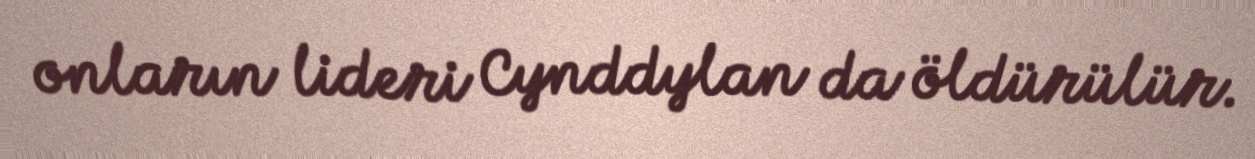
onların lideri Cynddylan da öldürülür.